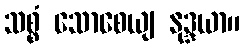
သစ္စံ သောစေယျ နုဒ္ဒယာ။